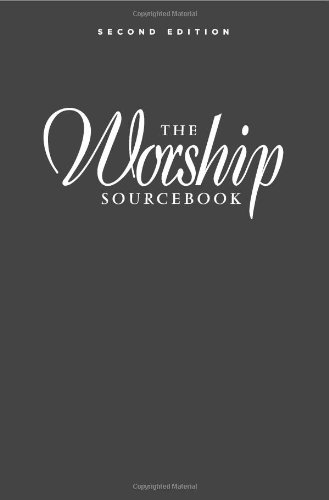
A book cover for The Worship Sourcebook, Second Edition (Includes CD); Faith Alive Christian Resources; Christian Books & Bibles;